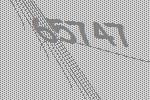
65747